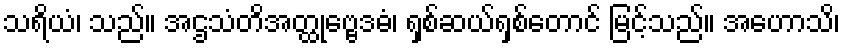
သရိယံ၊ သည်။ အဌသံတိအတ္ထုဗ္ဗေဒဓံ၊ ရှစ်ဆယ်ရှစ်တောင် မြင့်သည်။ အဟောသိ၊